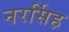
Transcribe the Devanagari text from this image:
नरर्सिह